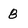
Character: 8